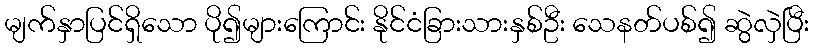
မျက်နှာပြင်ရှိသော ပို၍များကြောင်း နိုင်ငံခြားသားနှစ်ဦး သေနတ်ပစ်၍ ဆွဲလှဲပြီး